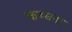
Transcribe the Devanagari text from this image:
कम्ब्ला